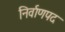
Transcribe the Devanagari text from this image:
निर्वाणपद